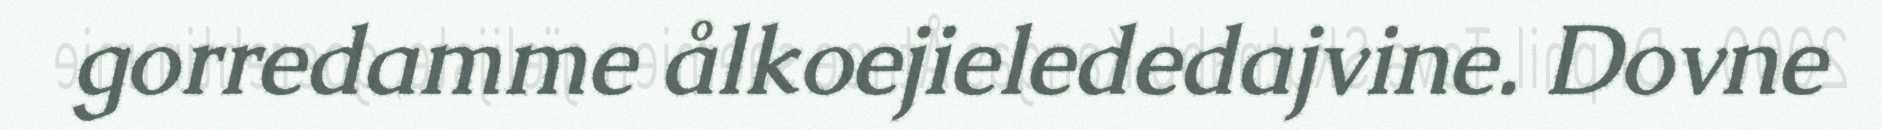
gorredamme ålkoejielededajvine. Dovne